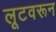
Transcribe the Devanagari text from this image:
लूटवरून